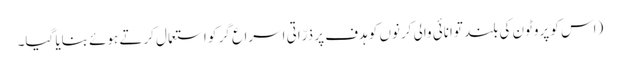
(اس کو پروٹون کی بلند توانائی والی کرنوں کو ہدف پر ذرّاتی اسراع گر کو استعمال کرتے ہوئے بنایا گیا۔